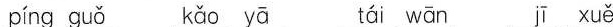
píng guǒ kǎo yā tái wān jī xuě